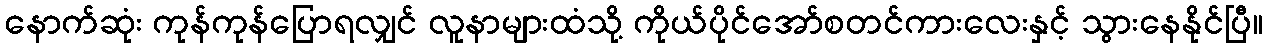
နောက်ဆုံး ကုန်ကုန်ပြောရလျှင် လူနာများထံသို့ ကိုယ်ပိုင်အော်စတင်ကားလေးနှင့် သွားနေနိုင်ပြီ။